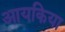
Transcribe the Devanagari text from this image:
आयकिया